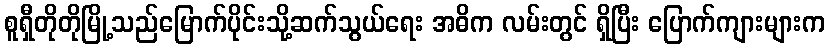
စူရှီတိုတိုမြို့သည်မြောက်ပိုင်းသို့ဆက်သွယ်ရေး အဓိက လမ်းတွင် ရှိပြီး ပြောက်ကျားများက